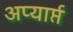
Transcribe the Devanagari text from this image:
अप्यार्प्त